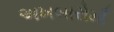
અખબારોમાઁ